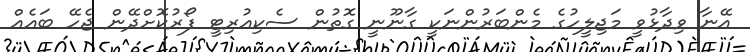
އޭނާ ވިދާޅުވީ މަޖިލީހުގެ މެންބަރުންނަކީ ގާނޫނީ ގޮތުން ސެކިއުރިޓީ ފޯރުކޮށްދޭން ޖެހޭ ބައެއް